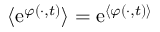
\langle \mathrm { e } ^ { \varphi ( \cdot , t ) } \rangle = \mathrm { e } ^ { \langle \varphi ( \cdot , t ) \rangle }